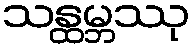
သန္ထမ္ဘဿု